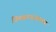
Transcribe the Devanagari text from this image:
जिमखान्याजवळच्या